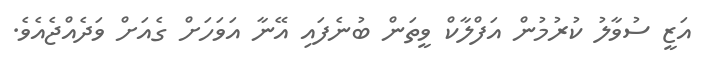
އަޒީ ސުވާލު ކުރުމުން އަފްލާކް ވީތަން ބުނެފައި އޭނާ އަވަހަށް ގެއަށް ވަދެއްޖެއެވެ.